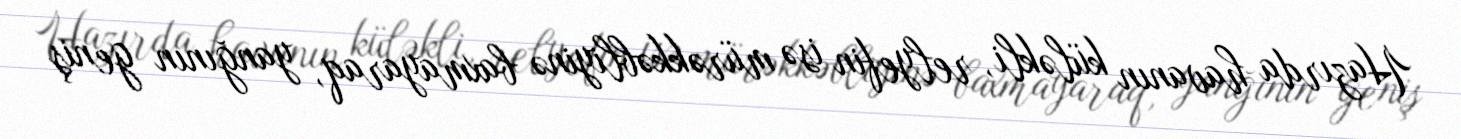
Hazırda havanın küləkli, relyefin isə mürəkkəbliyinə baxmayaraq, yanğının geniş